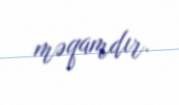
məqamdır.